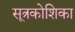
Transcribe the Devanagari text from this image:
सूत्रकोशिका